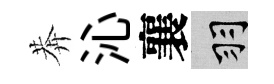
莾沁襄羽